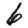
Digit: 6